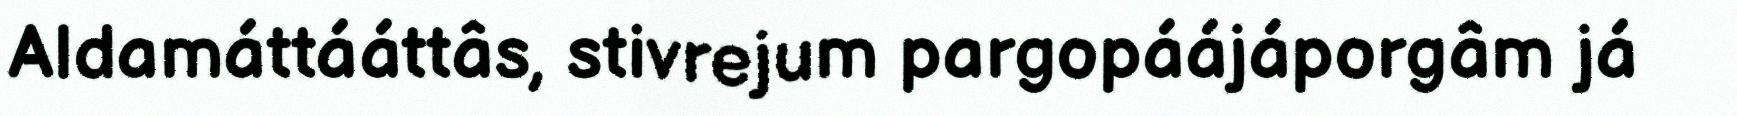
Aldamáttááttâs, stivrejum pargopáájáporgâm já